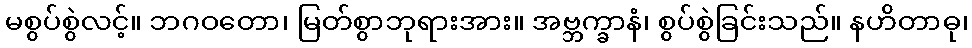
မစွပ်စွဲလင့်။ ဘဂဝတော၊ မြတ်စွာဘုရားအား။ အဗ္ဘက္ခာနံ၊ စွပ်စွဲခြင်းသည်။ နဟိတာဓု၊